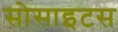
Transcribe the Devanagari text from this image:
सोसाइटस